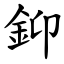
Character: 䤝